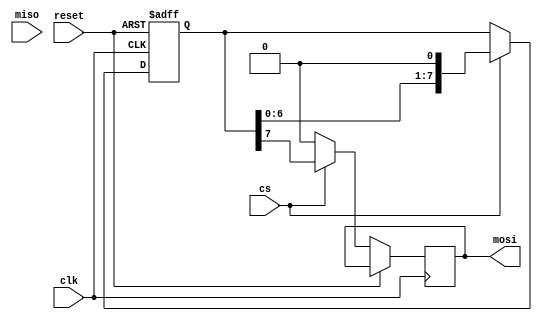
module spi_master (
  input wire clk,
  input wire reset,
  output reg mosi,
  input wire miso,
  input wire cs
);

reg [7:0] data_out;
reg [7:0] data_in;

always @(posedge clk or posedge reset) begin
  if (reset) begin
    data_out <= 8'b0;
  end else begin
    if (cs) begin
      // Shift data out to slave device
      mosi <= data_out[7];
      data_out <= {data_out[6:0], 1'b0}; // Shift left
    end else begin
      mosi <= 1'b0; // Chip deselected
    end
    
    // Capture incoming data bits
    if (miso) begin
      data_in <= {data_in[6:0], miso};
    end
  end
end

endmodule